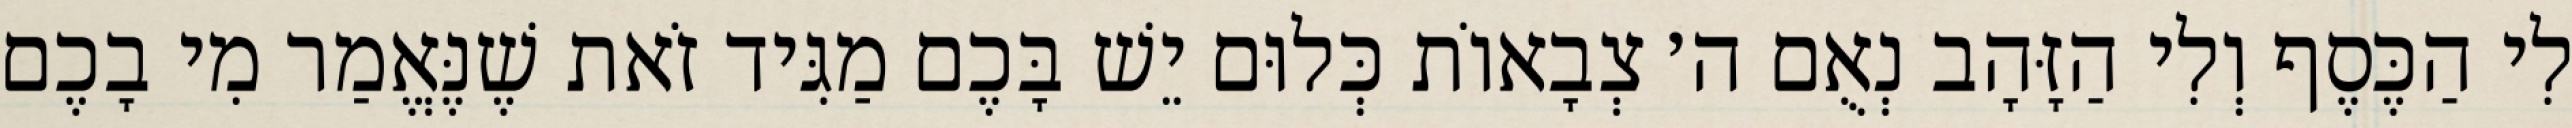
לִי הַכֶּסֶף וְלִי הַזָּהָב נְאֻם ה׳ צְבָאוֹת כְּלוּם יֵשׁ בָּכֶם מַגִּיד זֹאת שֶׁנֶּאֱמַר מִי בָכֶם